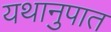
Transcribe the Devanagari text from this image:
यथानुपात